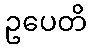
ဥပေတိ